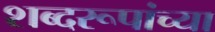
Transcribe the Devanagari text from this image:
शब्दरूपांच्या